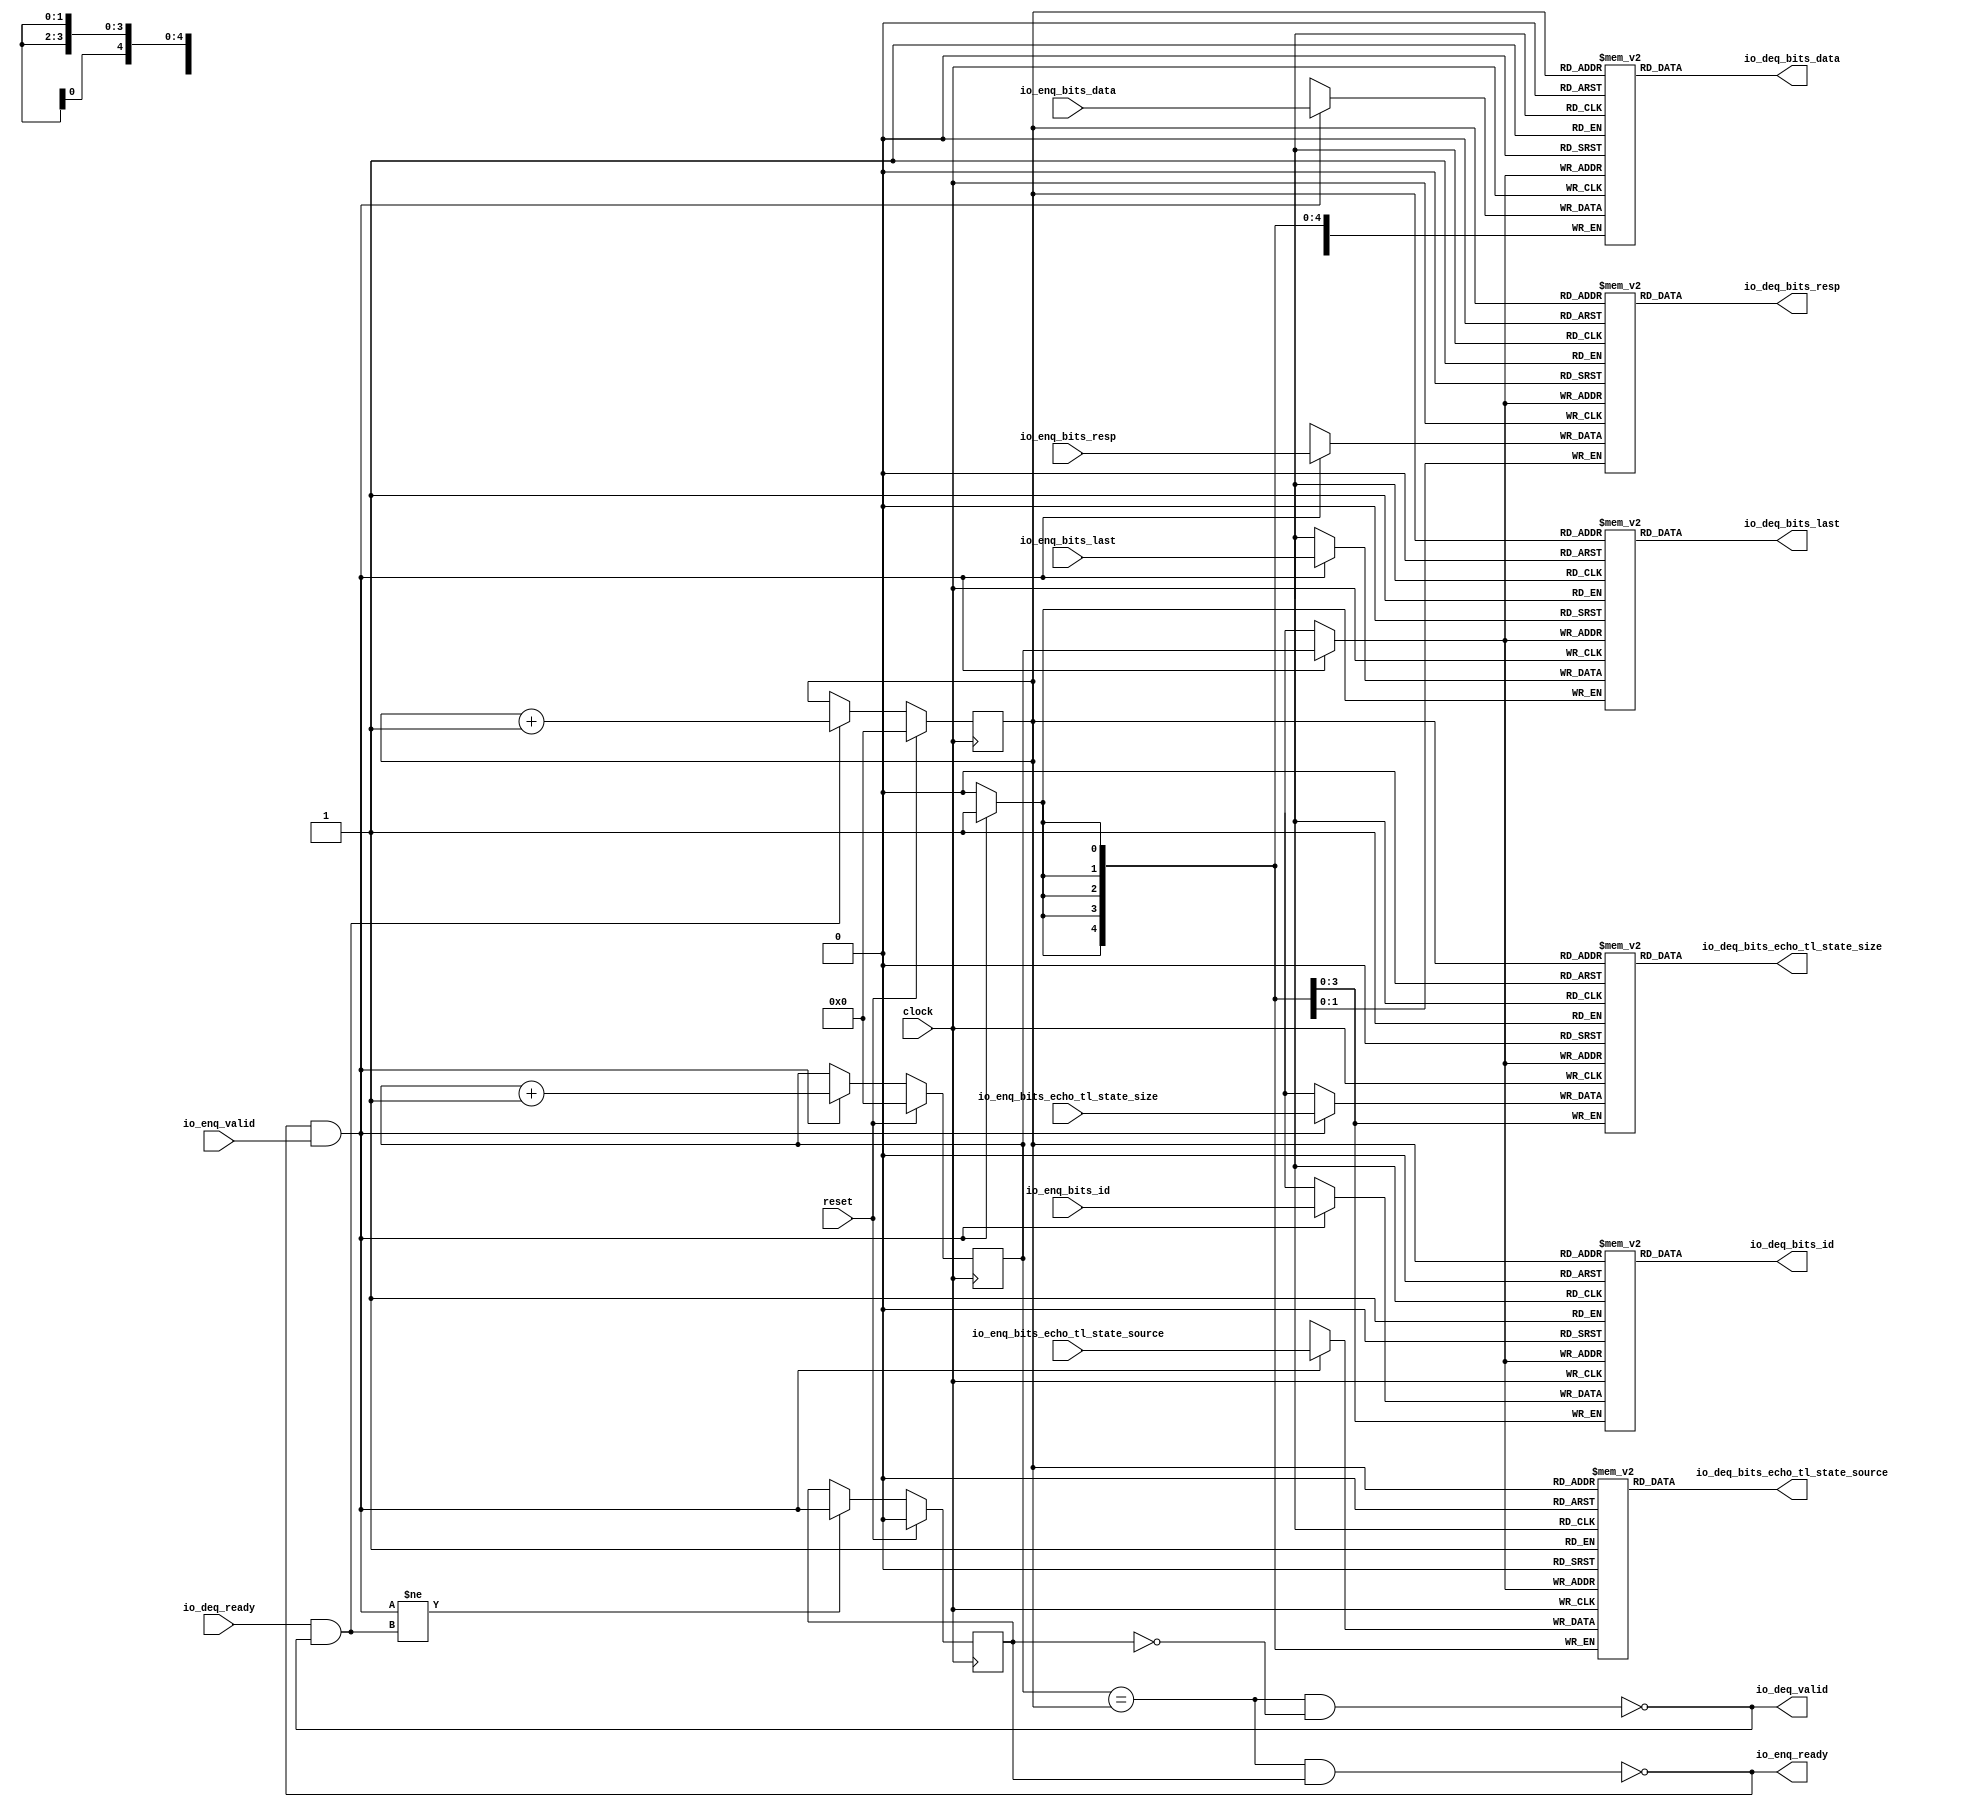
module Queue_5( // @[:freechips.rocketchip.system.DefaultRV32Config.fir@23871.2]
  input         clock, // @[:freechips.rocketchip.system.DefaultRV32Config.fir@23872.4]
  input         reset, // @[:freechips.rocketchip.system.DefaultRV32Config.fir@23873.4]
  output        io_enq_ready, // @[:freechips.rocketchip.system.DefaultRV32Config.fir@23874.4]
  input         io_enq_valid, // @[:freechips.rocketchip.system.DefaultRV32Config.fir@23874.4]
  input  [3:0]  io_enq_bits_id, // @[:freechips.rocketchip.system.DefaultRV32Config.fir@23874.4]
  input  [31:0] io_enq_bits_data, // @[:freechips.rocketchip.system.DefaultRV32Config.fir@23874.4]
  input  [1:0]  io_enq_bits_resp, // @[:freechips.rocketchip.system.DefaultRV32Config.fir@23874.4]
  input  [3:0]  io_enq_bits_echo_tl_state_size, // @[:freechips.rocketchip.system.DefaultRV32Config.fir@23874.4]
  input  [4:0]  io_enq_bits_echo_tl_state_source, // @[:freechips.rocketchip.system.DefaultRV32Config.fir@23874.4]
  input         io_enq_bits_last, // @[:freechips.rocketchip.system.DefaultRV32Config.fir@23874.4]
  input         io_deq_ready, // @[:freechips.rocketchip.system.DefaultRV32Config.fir@23874.4]
  output        io_deq_valid, // @[:freechips.rocketchip.system.DefaultRV32Config.fir@23874.4]
  output [3:0]  io_deq_bits_id, // @[:freechips.rocketchip.system.DefaultRV32Config.fir@23874.4]
  output [31:0] io_deq_bits_data, // @[:freechips.rocketchip.system.DefaultRV32Config.fir@23874.4]
  output [1:0]  io_deq_bits_resp, // @[:freechips.rocketchip.system.DefaultRV32Config.fir@23874.4]
  output [3:0]  io_deq_bits_echo_tl_state_size, // @[:freechips.rocketchip.system.DefaultRV32Config.fir@23874.4]
  output [4:0]  io_deq_bits_echo_tl_state_source, // @[:freechips.rocketchip.system.DefaultRV32Config.fir@23874.4]
  output        io_deq_bits_last // @[:freechips.rocketchip.system.DefaultRV32Config.fir@23874.4]
);
`ifdef RANDOMIZE_MEM_INIT
  reg [31:0] _RAND_0;
  reg [31:0] _RAND_1;
  reg [31:0] _RAND_2;
  reg [31:0] _RAND_3;
  reg [31:0] _RAND_4;
  reg [31:0] _RAND_5;
`endif // RANDOMIZE_MEM_INIT
`ifdef RANDOMIZE_REG_INIT
  reg [31:0] _RAND_6;
  reg [31:0] _RAND_7;
  reg [31:0] _RAND_8;
`endif // RANDOMIZE_REG_INIT
  reg [3:0] ram_id [0:15]; // @[Decoupled.scala 209:16:freechips.rocketchip.system.DefaultRV32Config.fir@23876.4]
  wire [3:0] ram_id__T_11_data; // @[Decoupled.scala 209:16:freechips.rocketchip.system.DefaultRV32Config.fir@23876.4]
  wire [3:0] ram_id__T_11_addr; // @[Decoupled.scala 209:16:freechips.rocketchip.system.DefaultRV32Config.fir@23876.4]
  wire [3:0] ram_id__T_3_data; // @[Decoupled.scala 209:16:freechips.rocketchip.system.DefaultRV32Config.fir@23876.4]
  wire [3:0] ram_id__T_3_addr; // @[Decoupled.scala 209:16:freechips.rocketchip.system.DefaultRV32Config.fir@23876.4]
  wire  ram_id__T_3_mask; // @[Decoupled.scala 209:16:freechips.rocketchip.system.DefaultRV32Config.fir@23876.4]
  wire  ram_id__T_3_en; // @[Decoupled.scala 209:16:freechips.rocketchip.system.DefaultRV32Config.fir@23876.4]
  reg [31:0] ram_data [0:15]; // @[Decoupled.scala 209:16:freechips.rocketchip.system.DefaultRV32Config.fir@23876.4]
  wire [31:0] ram_data__T_11_data; // @[Decoupled.scala 209:16:freechips.rocketchip.system.DefaultRV32Config.fir@23876.4]
  wire [3:0] ram_data__T_11_addr; // @[Decoupled.scala 209:16:freechips.rocketchip.system.DefaultRV32Config.fir@23876.4]
  wire [31:0] ram_data__T_3_data; // @[Decoupled.scala 209:16:freechips.rocketchip.system.DefaultRV32Config.fir@23876.4]
  wire [3:0] ram_data__T_3_addr; // @[Decoupled.scala 209:16:freechips.rocketchip.system.DefaultRV32Config.fir@23876.4]
  wire  ram_data__T_3_mask; // @[Decoupled.scala 209:16:freechips.rocketchip.system.DefaultRV32Config.fir@23876.4]
  wire  ram_data__T_3_en; // @[Decoupled.scala 209:16:freechips.rocketchip.system.DefaultRV32Config.fir@23876.4]
  reg [1:0] ram_resp [0:15]; // @[Decoupled.scala 209:16:freechips.rocketchip.system.DefaultRV32Config.fir@23876.4]
  wire [1:0] ram_resp__T_11_data; // @[Decoupled.scala 209:16:freechips.rocketchip.system.DefaultRV32Config.fir@23876.4]
  wire [3:0] ram_resp__T_11_addr; // @[Decoupled.scala 209:16:freechips.rocketchip.system.DefaultRV32Config.fir@23876.4]
  wire [1:0] ram_resp__T_3_data; // @[Decoupled.scala 209:16:freechips.rocketchip.system.DefaultRV32Config.fir@23876.4]
  wire [3:0] ram_resp__T_3_addr; // @[Decoupled.scala 209:16:freechips.rocketchip.system.DefaultRV32Config.fir@23876.4]
  wire  ram_resp__T_3_mask; // @[Decoupled.scala 209:16:freechips.rocketchip.system.DefaultRV32Config.fir@23876.4]
  wire  ram_resp__T_3_en; // @[Decoupled.scala 209:16:freechips.rocketchip.system.DefaultRV32Config.fir@23876.4]
  reg [3:0] ram_echo_tl_state_size [0:15]; // @[Decoupled.scala 209:16:freechips.rocketchip.system.DefaultRV32Config.fir@23876.4]
  wire [3:0] ram_echo_tl_state_size__T_11_data; // @[Decoupled.scala 209:16:freechips.rocketchip.system.DefaultRV32Config.fir@23876.4]
  wire [3:0] ram_echo_tl_state_size__T_11_addr; // @[Decoupled.scala 209:16:freechips.rocketchip.system.DefaultRV32Config.fir@23876.4]
  wire [3:0] ram_echo_tl_state_size__T_3_data; // @[Decoupled.scala 209:16:freechips.rocketchip.system.DefaultRV32Config.fir@23876.4]
  wire [3:0] ram_echo_tl_state_size__T_3_addr; // @[Decoupled.scala 209:16:freechips.rocketchip.system.DefaultRV32Config.fir@23876.4]
  wire  ram_echo_tl_state_size__T_3_mask; // @[Decoupled.scala 209:16:freechips.rocketchip.system.DefaultRV32Config.fir@23876.4]
  wire  ram_echo_tl_state_size__T_3_en; // @[Decoupled.scala 209:16:freechips.rocketchip.system.DefaultRV32Config.fir@23876.4]
  reg [4:0] ram_echo_tl_state_source [0:15]; // @[Decoupled.scala 209:16:freechips.rocketchip.system.DefaultRV32Config.fir@23876.4]
  wire [4:0] ram_echo_tl_state_source__T_11_data; // @[Decoupled.scala 209:16:freechips.rocketchip.system.DefaultRV32Config.fir@23876.4]
  wire [3:0] ram_echo_tl_state_source__T_11_addr; // @[Decoupled.scala 209:16:freechips.rocketchip.system.DefaultRV32Config.fir@23876.4]
  wire [4:0] ram_echo_tl_state_source__T_3_data; // @[Decoupled.scala 209:16:freechips.rocketchip.system.DefaultRV32Config.fir@23876.4]
  wire [3:0] ram_echo_tl_state_source__T_3_addr; // @[Decoupled.scala 209:16:freechips.rocketchip.system.DefaultRV32Config.fir@23876.4]
  wire  ram_echo_tl_state_source__T_3_mask; // @[Decoupled.scala 209:16:freechips.rocketchip.system.DefaultRV32Config.fir@23876.4]
  wire  ram_echo_tl_state_source__T_3_en; // @[Decoupled.scala 209:16:freechips.rocketchip.system.DefaultRV32Config.fir@23876.4]
  reg  ram_last [0:15]; // @[Decoupled.scala 209:16:freechips.rocketchip.system.DefaultRV32Config.fir@23876.4]
  wire  ram_last__T_11_data; // @[Decoupled.scala 209:16:freechips.rocketchip.system.DefaultRV32Config.fir@23876.4]
  wire [3:0] ram_last__T_11_addr; // @[Decoupled.scala 209:16:freechips.rocketchip.system.DefaultRV32Config.fir@23876.4]
  wire  ram_last__T_3_data; // @[Decoupled.scala 209:16:freechips.rocketchip.system.DefaultRV32Config.fir@23876.4]
  wire [3:0] ram_last__T_3_addr; // @[Decoupled.scala 209:16:freechips.rocketchip.system.DefaultRV32Config.fir@23876.4]
  wire  ram_last__T_3_mask; // @[Decoupled.scala 209:16:freechips.rocketchip.system.DefaultRV32Config.fir@23876.4]
  wire  ram_last__T_3_en; // @[Decoupled.scala 209:16:freechips.rocketchip.system.DefaultRV32Config.fir@23876.4]
  reg [3:0] enq_ptr_value; // @[Counter.scala 29:33:freechips.rocketchip.system.DefaultRV32Config.fir@23877.4]
  reg [3:0] deq_ptr_value; // @[Counter.scala 29:33:freechips.rocketchip.system.DefaultRV32Config.fir@23878.4]
  reg  maybe_full; // @[Decoupled.scala 212:27:freechips.rocketchip.system.DefaultRV32Config.fir@23879.4]
  wire  ptr_match; // @[Decoupled.scala 214:33:freechips.rocketchip.system.DefaultRV32Config.fir@23880.4]
  wire  _T; // @[Decoupled.scala 215:28:freechips.rocketchip.system.DefaultRV32Config.fir@23881.4]
  wire  empty; // @[Decoupled.scala 215:25:freechips.rocketchip.system.DefaultRV32Config.fir@23882.4]
  wire  full; // @[Decoupled.scala 216:24:freechips.rocketchip.system.DefaultRV32Config.fir@23883.4]
  wire  do_enq; // @[Decoupled.scala 40:37:freechips.rocketchip.system.DefaultRV32Config.fir@23884.4]
  wire  do_deq; // @[Decoupled.scala 40:37:freechips.rocketchip.system.DefaultRV32Config.fir@23887.4]
  wire [3:0] _T_5; // @[Counter.scala 39:22:freechips.rocketchip.system.DefaultRV32Config.fir@23900.6]
  wire [3:0] _T_7; // @[Counter.scala 39:22:freechips.rocketchip.system.DefaultRV32Config.fir@23906.6]
  wire  _T_8; // @[Decoupled.scala 227:16:freechips.rocketchip.system.DefaultRV32Config.fir@23909.4]
  assign ram_id__T_11_addr = deq_ptr_value;
  assign ram_id__T_11_data = ram_id[ram_id__T_11_addr]; // @[Decoupled.scala 209:16:freechips.rocketchip.system.DefaultRV32Config.fir@23876.4]
  assign ram_id__T_3_data = io_enq_bits_id;
  assign ram_id__T_3_addr = enq_ptr_value;
  assign ram_id__T_3_mask = 1'h1;
  assign ram_id__T_3_en = io_enq_ready & io_enq_valid;
  assign ram_data__T_11_addr = deq_ptr_value;
  assign ram_data__T_11_data = ram_data[ram_data__T_11_addr]; // @[Decoupled.scala 209:16:freechips.rocketchip.system.DefaultRV32Config.fir@23876.4]
  assign ram_data__T_3_data = io_enq_bits_data;
  assign ram_data__T_3_addr = enq_ptr_value;
  assign ram_data__T_3_mask = 1'h1;
  assign ram_data__T_3_en = io_enq_ready & io_enq_valid;
  assign ram_resp__T_11_addr = deq_ptr_value;
  assign ram_resp__T_11_data = ram_resp[ram_resp__T_11_addr]; // @[Decoupled.scala 209:16:freechips.rocketchip.system.DefaultRV32Config.fir@23876.4]
  assign ram_resp__T_3_data = io_enq_bits_resp;
  assign ram_resp__T_3_addr = enq_ptr_value;
  assign ram_resp__T_3_mask = 1'h1;
  assign ram_resp__T_3_en = io_enq_ready & io_enq_valid;
  assign ram_echo_tl_state_size__T_11_addr = deq_ptr_value;
  assign ram_echo_tl_state_size__T_11_data = ram_echo_tl_state_size[ram_echo_tl_state_size__T_11_addr]; // @[Decoupled.scala 209:16:freechips.rocketchip.system.DefaultRV32Config.fir@23876.4]
  assign ram_echo_tl_state_size__T_3_data = io_enq_bits_echo_tl_state_size;
  assign ram_echo_tl_state_size__T_3_addr = enq_ptr_value;
  assign ram_echo_tl_state_size__T_3_mask = 1'h1;
  assign ram_echo_tl_state_size__T_3_en = io_enq_ready & io_enq_valid;
  assign ram_echo_tl_state_source__T_11_addr = deq_ptr_value;
  assign ram_echo_tl_state_source__T_11_data = ram_echo_tl_state_source[ram_echo_tl_state_source__T_11_addr]; // @[Decoupled.scala 209:16:freechips.rocketchip.system.DefaultRV32Config.fir@23876.4]
  assign ram_echo_tl_state_source__T_3_data = io_enq_bits_echo_tl_state_source;
  assign ram_echo_tl_state_source__T_3_addr = enq_ptr_value;
  assign ram_echo_tl_state_source__T_3_mask = 1'h1;
  assign ram_echo_tl_state_source__T_3_en = io_enq_ready & io_enq_valid;
  assign ram_last__T_11_addr = deq_ptr_value;
  assign ram_last__T_11_data = ram_last[ram_last__T_11_addr]; // @[Decoupled.scala 209:16:freechips.rocketchip.system.DefaultRV32Config.fir@23876.4]
  assign ram_last__T_3_data = io_enq_bits_last;
  assign ram_last__T_3_addr = enq_ptr_value;
  assign ram_last__T_3_mask = 1'h1;
  assign ram_last__T_3_en = io_enq_ready & io_enq_valid;
  assign ptr_match = enq_ptr_value == deq_ptr_value; // @[Decoupled.scala 214:33:freechips.rocketchip.system.DefaultRV32Config.fir@23880.4]
  assign _T = ~maybe_full; // @[Decoupled.scala 215:28:freechips.rocketchip.system.DefaultRV32Config.fir@23881.4]
  assign empty = ptr_match & _T; // @[Decoupled.scala 215:25:freechips.rocketchip.system.DefaultRV32Config.fir@23882.4]
  assign full = ptr_match & maybe_full; // @[Decoupled.scala 216:24:freechips.rocketchip.system.DefaultRV32Config.fir@23883.4]
  assign do_enq = io_enq_ready & io_enq_valid; // @[Decoupled.scala 40:37:freechips.rocketchip.system.DefaultRV32Config.fir@23884.4]
  assign do_deq = io_deq_ready & io_deq_valid; // @[Decoupled.scala 40:37:freechips.rocketchip.system.DefaultRV32Config.fir@23887.4]
  assign _T_5 = enq_ptr_value + 4'h1; // @[Counter.scala 39:22:freechips.rocketchip.system.DefaultRV32Config.fir@23900.6]
  assign _T_7 = deq_ptr_value + 4'h1; // @[Counter.scala 39:22:freechips.rocketchip.system.DefaultRV32Config.fir@23906.6]
  assign _T_8 = do_enq != do_deq; // @[Decoupled.scala 227:16:freechips.rocketchip.system.DefaultRV32Config.fir@23909.4]
  assign io_enq_ready = ~full; // @[Decoupled.scala 232:16:freechips.rocketchip.system.DefaultRV32Config.fir@23916.4]
  assign io_deq_valid = ~empty; // @[Decoupled.scala 231:16:freechips.rocketchip.system.DefaultRV32Config.fir@23914.4]
  assign io_deq_bits_id = ram_id__T_11_data; // @[Decoupled.scala 233:15:freechips.rocketchip.system.DefaultRV32Config.fir@23923.4]
  assign io_deq_bits_data = ram_data__T_11_data; // @[Decoupled.scala 233:15:freechips.rocketchip.system.DefaultRV32Config.fir@23922.4]
  assign io_deq_bits_resp = ram_resp__T_11_data; // @[Decoupled.scala 233:15:freechips.rocketchip.system.DefaultRV32Config.fir@23921.4]
  assign io_deq_bits_echo_tl_state_size = ram_echo_tl_state_size__T_11_data; // @[Decoupled.scala 233:15:freechips.rocketchip.system.DefaultRV32Config.fir@23920.4]
  assign io_deq_bits_echo_tl_state_source = ram_echo_tl_state_source__T_11_data; // @[Decoupled.scala 233:15:freechips.rocketchip.system.DefaultRV32Config.fir@23919.4]
  assign io_deq_bits_last = ram_last__T_11_data; // @[Decoupled.scala 233:15:freechips.rocketchip.system.DefaultRV32Config.fir@23918.4]
`ifdef RANDOMIZE_GARBAGE_ASSIGN
`define RANDOMIZE
`endif
`ifdef RANDOMIZE_INVALID_ASSIGN
`define RANDOMIZE
`endif
`ifdef RANDOMIZE_REG_INIT
`define RANDOMIZE
`endif
`ifdef RANDOMIZE_MEM_INIT
`define RANDOMIZE
`endif
`ifndef RANDOM
`define RANDOM $random
`endif
`ifdef RANDOMIZE_MEM_INIT
  integer initvar;
`endif
`ifndef SYNTHESIS
`ifdef FIRRTL_BEFORE_INITIAL
`FIRRTL_BEFORE_INITIAL
`endif
initial begin
  `ifdef RANDOMIZE
    `ifdef INIT_RANDOM
      `INIT_RANDOM
    `endif
    `ifndef VERILATOR
      `ifdef RANDOMIZE_DELAY
        #`RANDOMIZE_DELAY begin end
      `else
        #0.002 begin end
      `endif
    `endif
`ifdef RANDOMIZE_MEM_INIT
  _RAND_0 = {1{`RANDOM}};
  for (initvar = 0; initvar < 16; initvar = initvar+1)
    ram_id[initvar] = _RAND_0[3:0];
  _RAND_1 = {1{`RANDOM}};
  for (initvar = 0; initvar < 16; initvar = initvar+1)
    ram_data[initvar] = _RAND_1[31:0];
  _RAND_2 = {1{`RANDOM}};
  for (initvar = 0; initvar < 16; initvar = initvar+1)
    ram_resp[initvar] = _RAND_2[1:0];
  _RAND_3 = {1{`RANDOM}};
  for (initvar = 0; initvar < 16; initvar = initvar+1)
    ram_echo_tl_state_size[initvar] = _RAND_3[3:0];
  _RAND_4 = {1{`RANDOM}};
  for (initvar = 0; initvar < 16; initvar = initvar+1)
    ram_echo_tl_state_source[initvar] = _RAND_4[4:0];
  _RAND_5 = {1{`RANDOM}};
  for (initvar = 0; initvar < 16; initvar = initvar+1)
    ram_last[initvar] = _RAND_5[0:0];
`endif // RANDOMIZE_MEM_INIT
`ifdef RANDOMIZE_REG_INIT
  _RAND_6 = {1{`RANDOM}};
  enq_ptr_value = _RAND_6[3:0];
  _RAND_7 = {1{`RANDOM}};
  deq_ptr_value = _RAND_7[3:0];
  _RAND_8 = {1{`RANDOM}};
  maybe_full = _RAND_8[0:0];
`endif // RANDOMIZE_REG_INIT
  `endif // RANDOMIZE
end // initial
`ifdef FIRRTL_AFTER_INITIAL
`FIRRTL_AFTER_INITIAL
`endif
`endif // SYNTHESIS
  always @(posedge clock) begin
    if(ram_id__T_3_en & ram_id__T_3_mask) begin
      ram_id[ram_id__T_3_addr] <= ram_id__T_3_data; // @[Decoupled.scala 209:16:freechips.rocketchip.system.DefaultRV32Config.fir@23876.4]
    end
    if(ram_data__T_3_en & ram_data__T_3_mask) begin
      ram_data[ram_data__T_3_addr] <= ram_data__T_3_data; // @[Decoupled.scala 209:16:freechips.rocketchip.system.DefaultRV32Config.fir@23876.4]
    end
    if(ram_resp__T_3_en & ram_resp__T_3_mask) begin
      ram_resp[ram_resp__T_3_addr] <= ram_resp__T_3_data; // @[Decoupled.scala 209:16:freechips.rocketchip.system.DefaultRV32Config.fir@23876.4]
    end
    if(ram_echo_tl_state_size__T_3_en & ram_echo_tl_state_size__T_3_mask) begin
      ram_echo_tl_state_size[ram_echo_tl_state_size__T_3_addr] <= ram_echo_tl_state_size__T_3_data; // @[Decoupled.scala 209:16:freechips.rocketchip.system.DefaultRV32Config.fir@23876.4]
    end
    if(ram_echo_tl_state_source__T_3_en & ram_echo_tl_state_source__T_3_mask) begin
      ram_echo_tl_state_source[ram_echo_tl_state_source__T_3_addr] <= ram_echo_tl_state_source__T_3_data; // @[Decoupled.scala 209:16:freechips.rocketchip.system.DefaultRV32Config.fir@23876.4]
    end
    if(ram_last__T_3_en & ram_last__T_3_mask) begin
      ram_last[ram_last__T_3_addr] <= ram_last__T_3_data; // @[Decoupled.scala 209:16:freechips.rocketchip.system.DefaultRV32Config.fir@23876.4]
    end
    if (reset) begin
      enq_ptr_value <= 4'h0;
    end else if (do_enq) begin
      enq_ptr_value <= _T_5;
    end
    if (reset) begin
      deq_ptr_value <= 4'h0;
    end else if (do_deq) begin
      deq_ptr_value <= _T_7;
    end
    if (reset) begin
      maybe_full <= 1'h0;
    end else if (_T_8) begin
      maybe_full <= do_enq;
    end
  end
endmodule